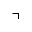
\urcorner